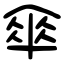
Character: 傘